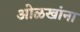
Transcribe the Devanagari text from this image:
ओळखांना